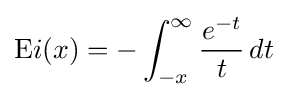
{\mbox{E}}i(x)=-\int _{-x}^{\infty }{\frac {e^{-t}}{t}}\,dt